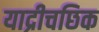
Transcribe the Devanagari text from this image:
याद्रीचछिक